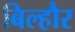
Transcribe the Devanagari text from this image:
बिल्‍हौर